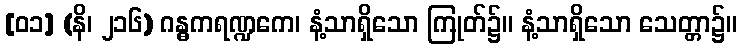
[၀၁] (နိ၊ ၂၁၆) ဂန္ဓကရဏ္ဍကေ၊ နံ့သာရှိသော ကြုတ်၌။ နံ့သာရှိသော သေတ္တာ၌။